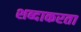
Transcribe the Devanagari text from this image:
शब्दाकरता